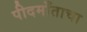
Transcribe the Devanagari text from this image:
पीदमाँताचा